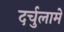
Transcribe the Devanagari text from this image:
दर्चुलामे